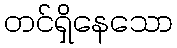
တင်ရှိနေသော